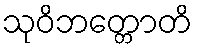
သုဝိဘတ္တောတိ